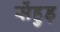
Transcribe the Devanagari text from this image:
सेंहुड़